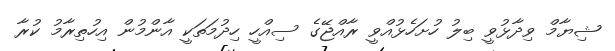
ޝިޔާމް ވިދާޅުވީ ބިލު ހުށަހެޅުއްވީ ރާއްޖޭގެ ސިއްހީ ހިދުމަތަކީ އާންމުން އިހުތިރާމު ކުރާ